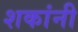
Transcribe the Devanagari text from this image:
शकांनी